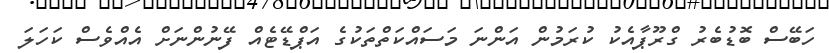
ހަބޭސް ބޮޑުބެރު ގްރޫޕާއެކު ކުރަމުން އަންނަ މަސައްކަތްތަކުގެ އަޕްޑޭޓެއް ފޭނުންނަށް އެއްވެސް ކަހަލަ